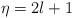
LaTeX: \begin{align*}\eta=2l+1\end{align*}